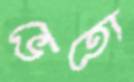
ভেতো